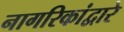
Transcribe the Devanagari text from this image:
नागरिकांद्वारे